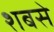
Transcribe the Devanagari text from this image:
शबसे